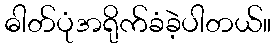
ဓါတ်ပုံအရိုက်ခံခဲ့ပါတယ်။